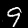
Digit: 9